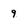
Character: 9